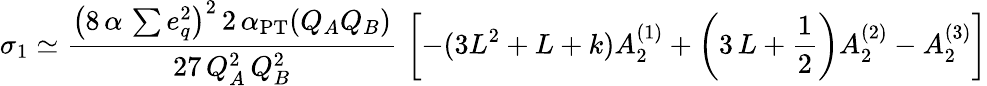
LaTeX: \sigma_{1}\simeq{\frac{\left(8\, \alpha\, \sum e_{q}^{2}\right)^{2}\, 2\, \alpha_{\mathrm{{PT}}}(Q_{A}Q_{B})}{27\, Q_{A}^{2}\, Q_{B}^{2}}}\, \left[-(3L^{2}+L+k)A_{2}^{(1)}+\left(3\, L+{\frac{1}{2}}\right)A_{2}^{(2)}-A_{2}^{(3)}\right]